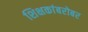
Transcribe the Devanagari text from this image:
शिक्षकांबरोबर